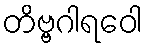
တိဗ္ဗဂါရဝေါ